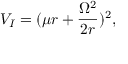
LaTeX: V _ { I } = ( \mu r + \frac { \Omega ^ { 2 } } { 2 r } ) ^ { 2 } ,